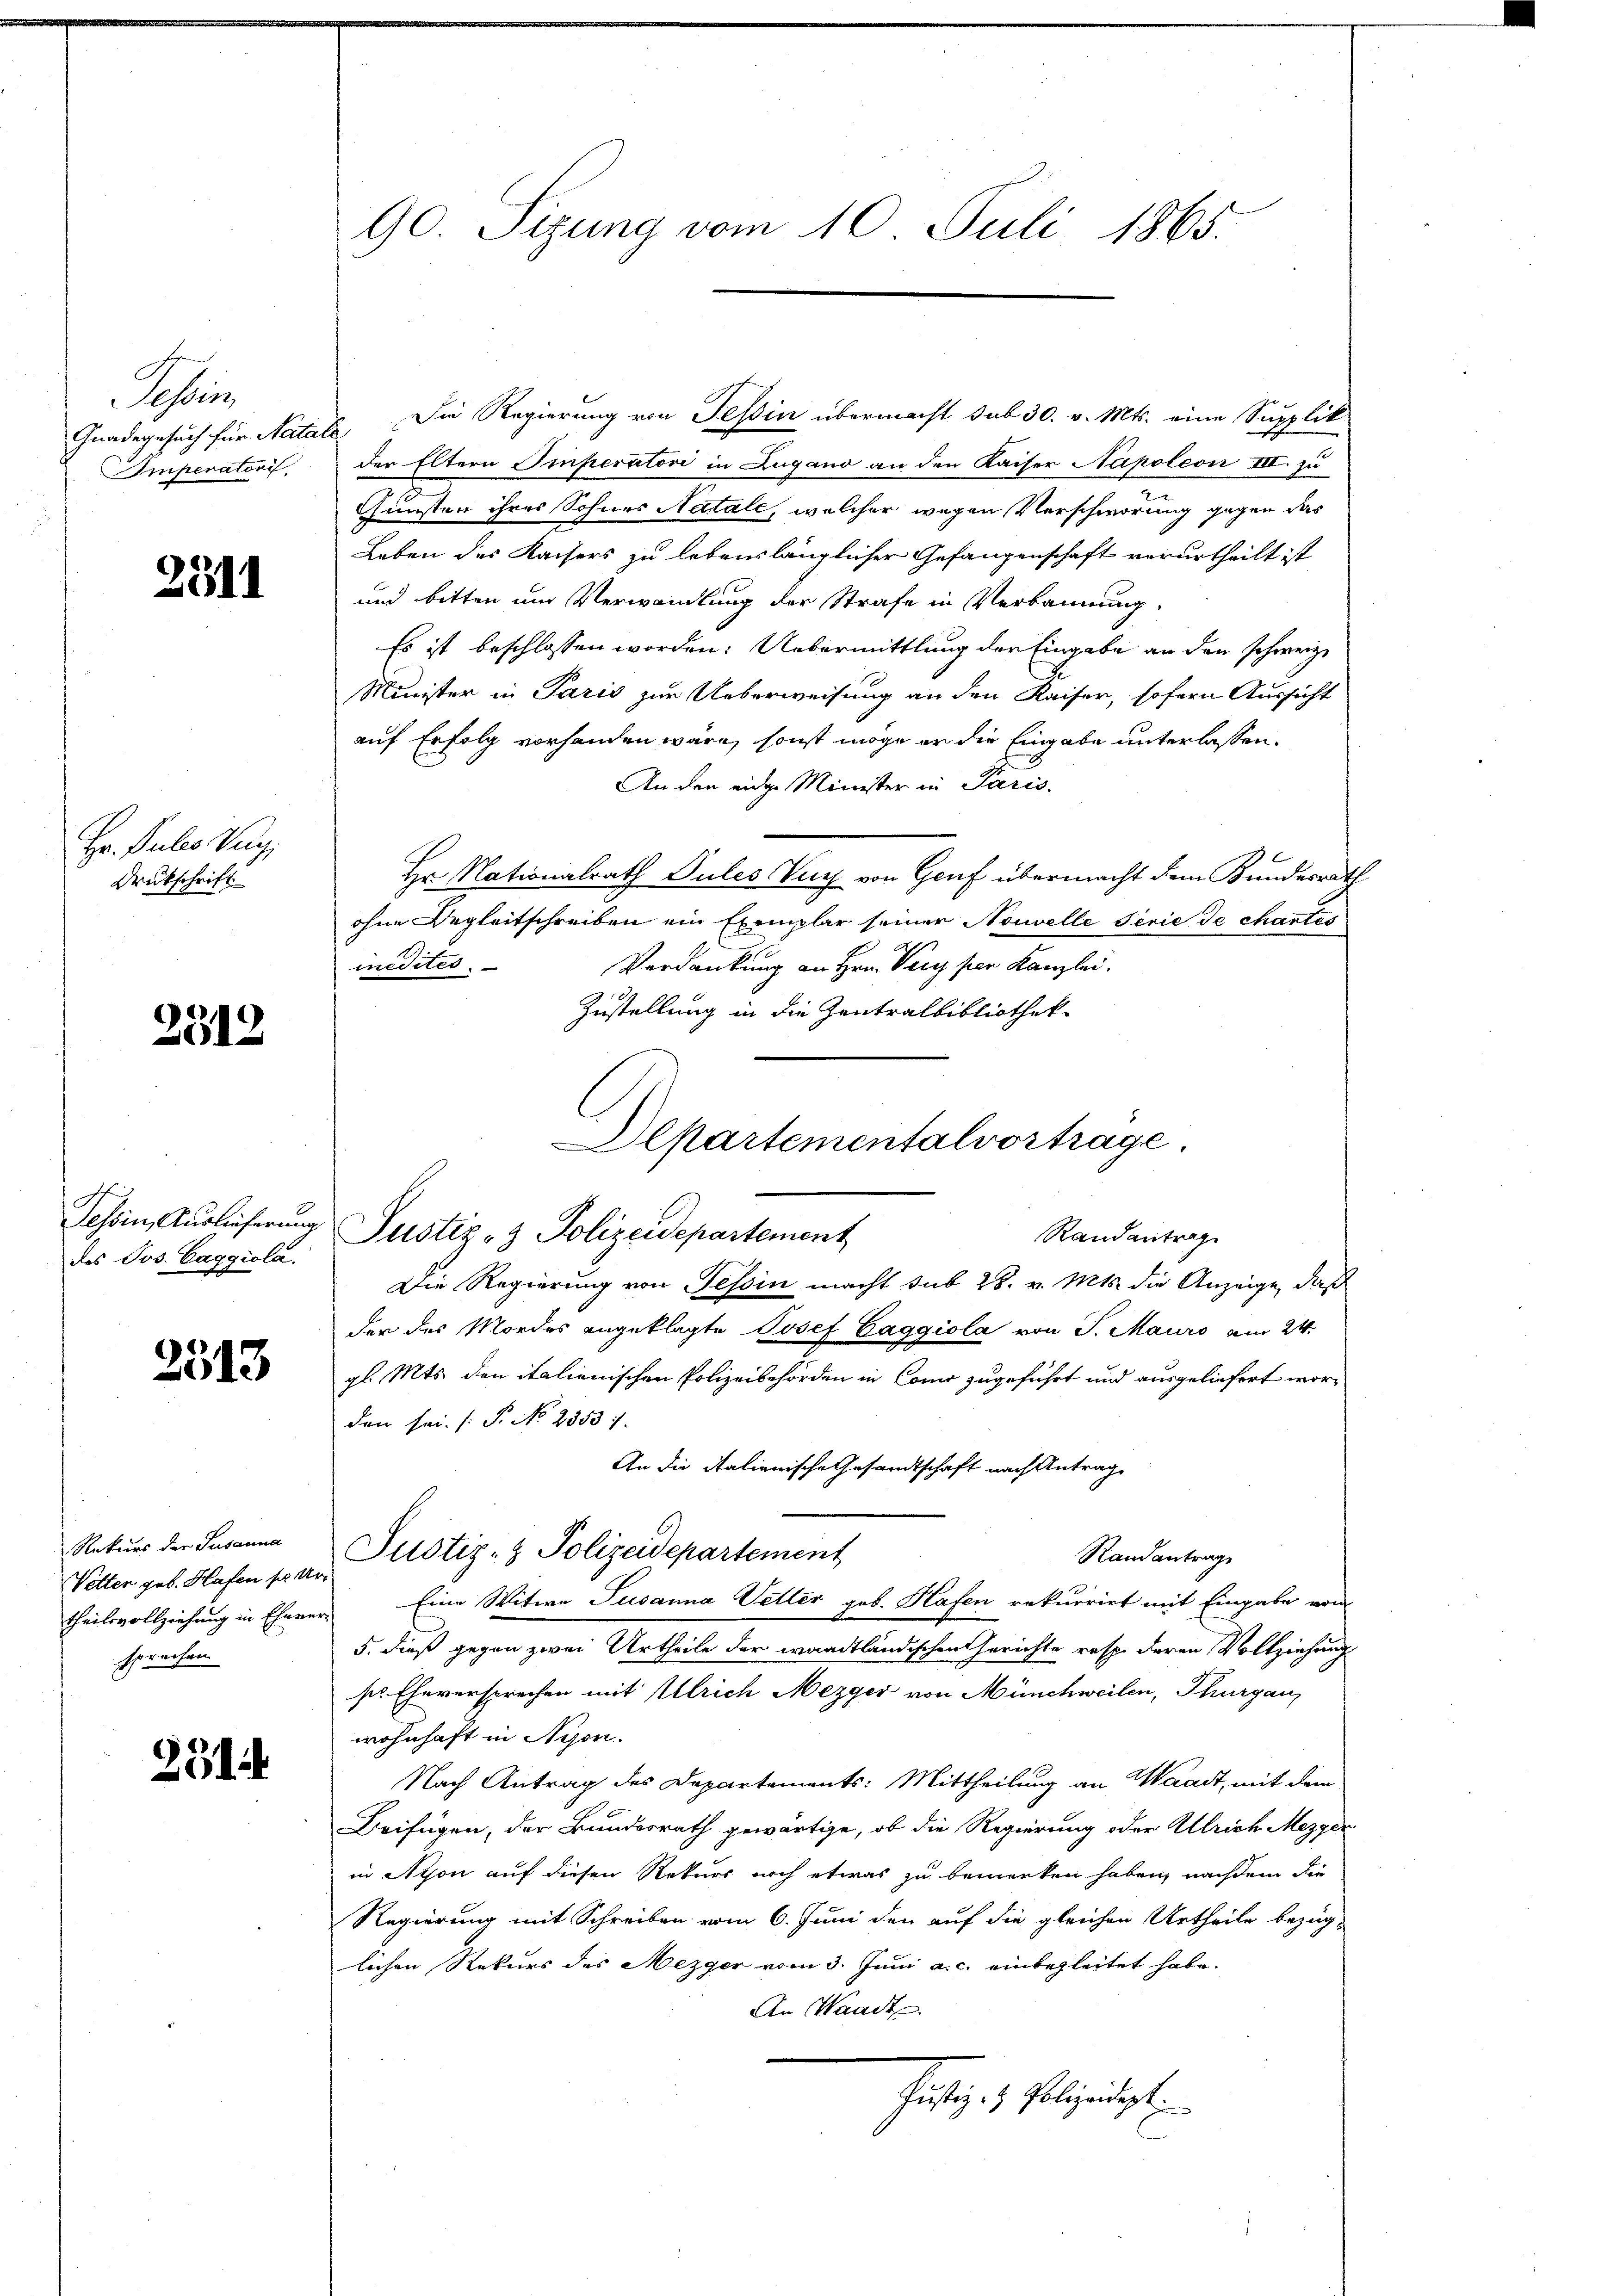
Schein
Gnadegesuch für Natar
Imperatori

2311

Hr. Puls Ver
Druckschrift

2512

Jesoin, Auslieferung
des Jos. Caggiola.

2313

Rekurs der Susanna
Vetter geb. Hafen so Urtheilsvollziehung in Eheversprechen

291

90. Sizung vom 10. Juli 1865.

E. Die Regierung von Tessin übermacht sub 30. v. Mts. eine Supplik
der Eltern Imperatori in Zugand an den Kaiser Napoleon III. zu
Gunsten ihres Sohnes Natale, welcher wegen Verschwörung gegen das
Leben des Kaisers zu lebenslänglicher Gefangenschaft verurtheilt ist
und bitten um Verwandlung der Strafe in Verbannung.
Es ist beschlossen worden. Uebermittlung der Eingabe an den schweiz.
Minister in Paris zur Ueberweisung an den Kaiser, sofern Aussicht
auf Erfolg vorhanden wäre, sonst möge er die Eingabe unterlassen.
An den eidge Minister in Paris.
Hr. Nationalrath Sules Vieh von Genf übermacht dem Bundesrath
ohne Begleitschreiben ein Exemplar seiner Nouvelle Serie de chartes
medites.
Verdankung an Hrn. Verg per Kanzlei.
Zustellung in die Zentralbibliothek
Die Regierung von Tessin macht sub 28. v. Mts. die Anzeige, daß
der des Mordes angeklagte Josef Eaggiola von J. Mauro am 24.
gl. Mts. den italienischen Polizeibehörden in Como zugeführt und ausgeliefert worden sei. P. No. 28831.
An die italienische Gesandtschaft nach Antrag
Justiz- & Polizeidepartement
Randantrag
Eine Witwe Susanna Vetter geb. Hafen rekurrirt mit Eingabe vom
5. dieß gegen zwei Urtheile der waadtländischen Gerichte resp. deren Vollziehung
pr. Eheversprechen mit Ulrich Mezger von Münchweilen, Thurgau,
wohnhaft in Nyon.
Nach Antrag des Departements: Mittheilung an Waadt, mit dem
Beifügen, der Bundesrath gewärtige, ob die Regierung oder Ulrich Mezger
in Athon auf diesen Rekurs noch etwas zu bemerken haben, nachdem die
Regierung mit Schreiben vom 6. Juni den auf die gleichen Urtheile bezüg-
lichen Rekurs des Mezger vom 3. Juni a. c. einbegleitet habe.
An Waadt
Justiz- & Polizeidigt.

Departementalvortrage.
Justiz- & Polizeidepartement
Randentrag